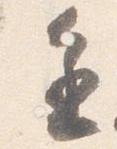
進